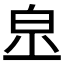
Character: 𤽔